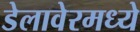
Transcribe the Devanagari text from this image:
डेलावेरमध्ये